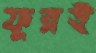
ফুরই